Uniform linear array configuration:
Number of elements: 4
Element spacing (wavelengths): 0.5
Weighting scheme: hann
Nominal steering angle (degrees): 30
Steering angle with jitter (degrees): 29.792
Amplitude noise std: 0.05
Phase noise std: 0.05

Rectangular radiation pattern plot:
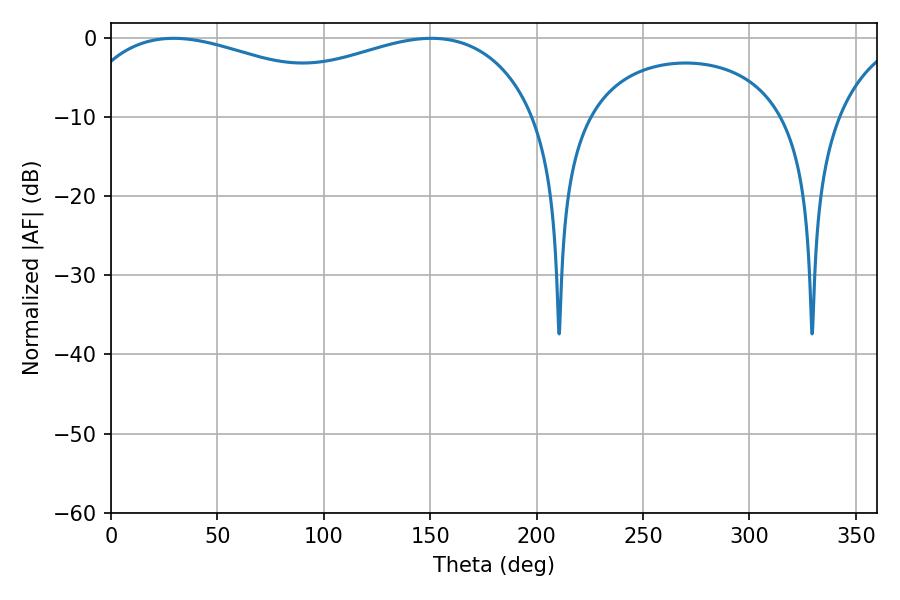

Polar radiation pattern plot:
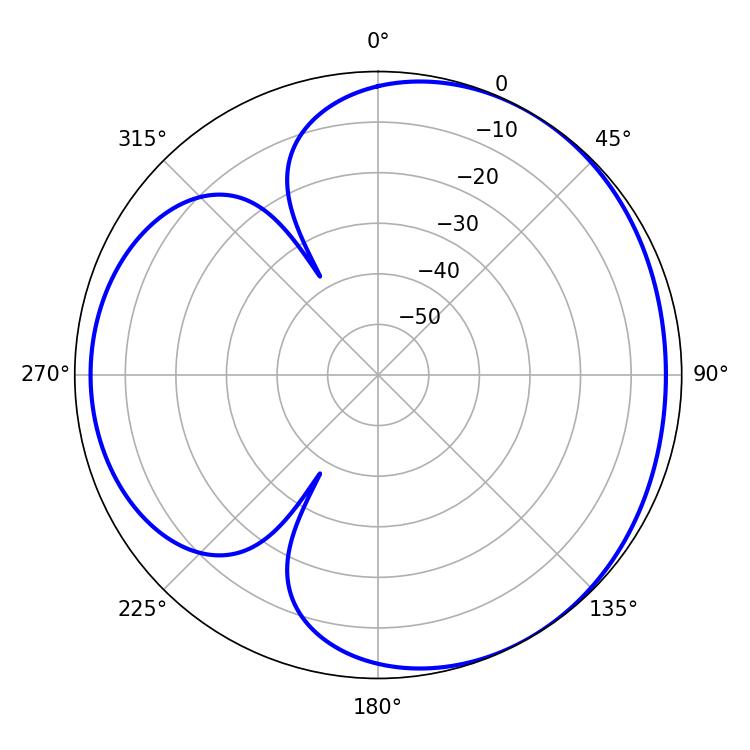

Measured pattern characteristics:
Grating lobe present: FALSE
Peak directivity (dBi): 3.499
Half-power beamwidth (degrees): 82.44
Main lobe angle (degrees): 29.52